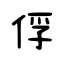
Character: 俘